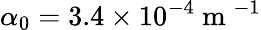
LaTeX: \alpha_{0}=3.4\times 10^{-4}\mathrm{~m~}^{-1}